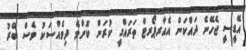
އޭޑީސީ ޖެހޭނެ ދައްކަން އެއާރޕޯރޓް ތަރައްގީ ކުރަން ކޮންމެ ދިވެއްސަކު ވެސް ބޭރު